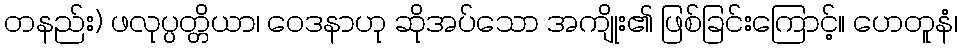
တနည်း) ဖလုပ္ပတ္တိယာ၊ ဝေဒနာဟု ဆိုအပ်သော အကျိုး၏ ဖြစ်ခြင်းကြောင့်။ ဟေတူနံ၊